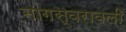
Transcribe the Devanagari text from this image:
नागस्वरावली